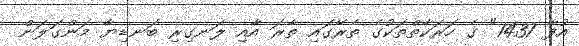
އުފާ 1437" ގެ ހަރަކާތްތަކުގެ ތެރޭގައި ތާރަ އާއި ލަނގިރި ބަނޑިޔާ މަންގަލަން